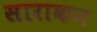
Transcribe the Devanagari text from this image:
साराकन